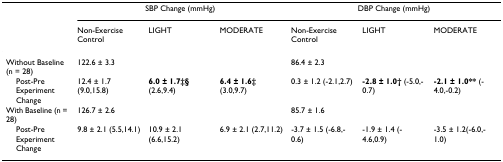
|  | <COLSPAN=3> SBP Change (mmHg) | <COLSPAN=3> DBP Change (mmHg) |
 |  | Non-Exercise Control | LIGHT | MODERATE | Non-Exercise Control | LIGHT | MODERATE |
 | --- | --- | --- | --- | --- | --- | --- |
 | Without Baseline (n = 28) | 122.6 ± 3.3 |  |  | 86.4 ± 2.3 |  |  |
 | Post-Pre Experiment Change | 12.4 ± 1.7 (9.0,15.8) | 6.0 ± 1.7‡§ (2.6,9.4) | 6.4 ± 1.6‡ (3.0,9.7) | 0.3 ± 1.2 (-2.1,2.7) | -2.8 ± 1.0† (-5.0,-0.7) | -2.1 ± 1.0** (-4.0,-0.2) |
 | With Baseline (n = 28) | 126.7 ± 2.6 |  |  | 85.7 ± 1.6 |  |  |
 | Post-Pre Experiment Change | 9.8 ± 2.1 (5.5,14.1) | 10.9 ± 2.1 (6.6,15.2) | 6.9 ± 2.1 (2.7,11.2) | -3.7 ± 1.5 (-6.8,-0.6) | -1.9 ± 1.4 (-4.6,0.9) | -3.5 ± 1.2(-6.0,-1.0) |